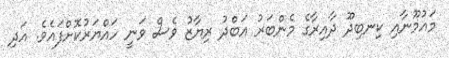
މައުމޫނާއި ކިނބިދޫ ދާއިރާގެ މެންބަރު އަބްދު ރިޔާޒު ވެސް ވަނީ ހައްޔަރުކޮށްފައެވެ. އަދި